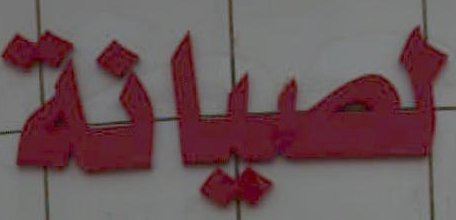
لصيانة